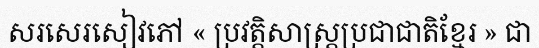
សរសេរសៀវភៅ « ប្រវត្តិសាស្ត្រប្រជាជាតិខ្មែរ » ជា